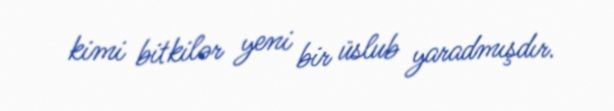
kimi bitkilər yeni bir üslub yaradmışdır.